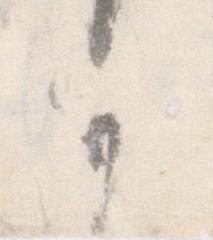
可